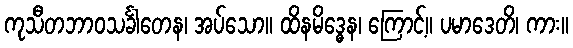
ကုသီတဘာဝသင်္ခါတေန၊ အပ်သော။ ထိနမိဒ္ဓေန၊ ကြောင့်။ ပမာဒေတိ၊ ကား။